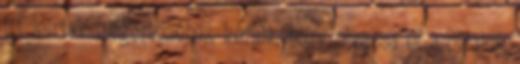
itt leírtak megértéséhez, kérjük, hogy olvassa el a oldalon,